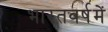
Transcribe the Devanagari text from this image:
भारतवर्षमें